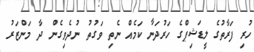
ހުރި ފަރާތުގެ ލީޑަޝިޕްގެ ހަރުދަނާ ކަމެއް ނެތި ވަގުތު ނުދެވިގެން ދާ މަންޒަރު